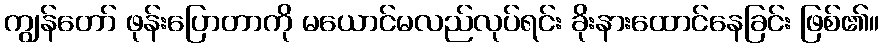
ကျွန်တော် ဖုန်းပြောတာကို မယောင်မလည်လုပ်ရင်း ခိုးနားထောင်နေခြင်း ဖြစ်၏။